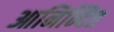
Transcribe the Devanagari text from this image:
आनिन्दित